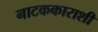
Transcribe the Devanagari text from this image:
नाटककाराशी